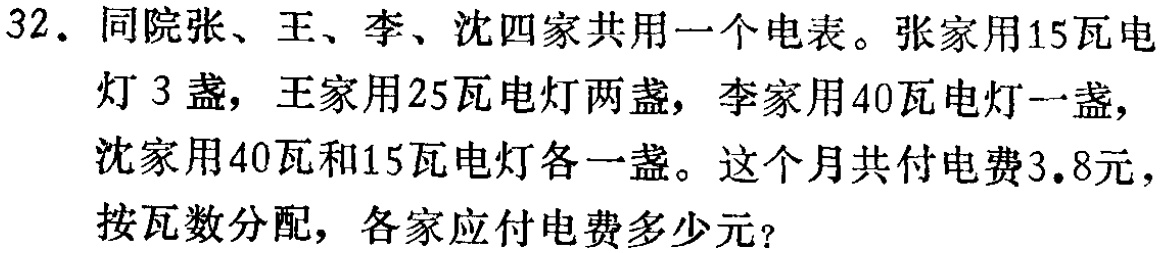
32. 同院张、王、李、沈四家共用一个电表。张家用15瓦电灯3盏，王家用25瓦电灯两盏，李家用40瓦电灯一盏，沈家用40瓦和15瓦电灯各一盏。这个月共付电费3.8元，按瓦数分配，各家应付电费多少元？